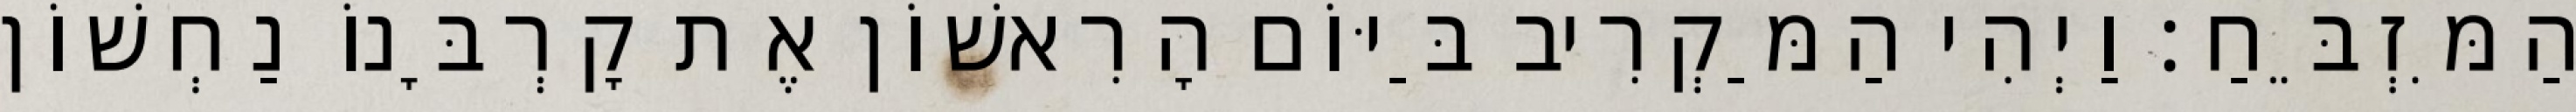
הַמִּזְבֵּחַ׃ וַיְהִי הַמַּקְרִיב בַּיּוֹם הָרִאשׁוֹן אֶת קָרְבָּנוֹ נַחְשׁוֹן